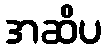
အဆိပ